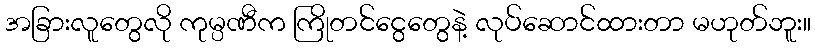
အခြားလူတွေလို ကုမ္ပဏီက ကြိုတင်ငွေတွေနဲ့ လုပ်ဆောင်ထားတာ မဟုတ်ဘူး။